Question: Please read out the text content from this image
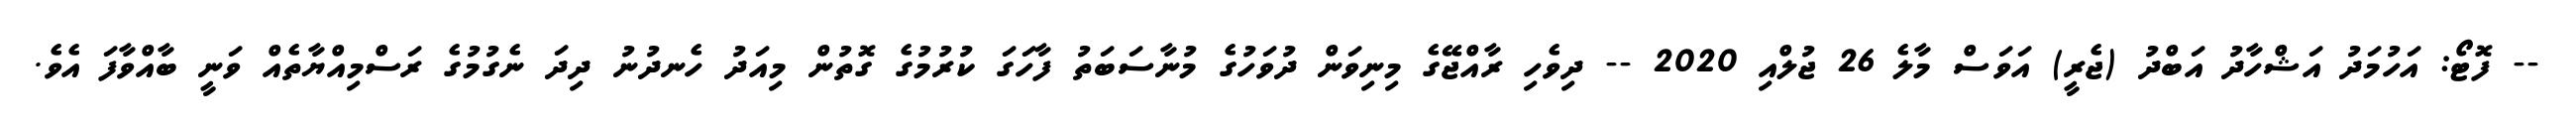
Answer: -- ފޮޓޯ: އަހުމަދު އަޝްހާދު އަބްދު (ޖެރީ) އަވަސް މާލެ 26 ޖުލްއި 2020 -- ދިވެހި ރާއްޖޭގެ މިނިވަން ދުވަހުގެ މުނާސަބަތު ފާހަގަ ކުރުމުގެ ގޮތުން މިއަދު ހެނދުނު ދިދަ ނެގުމުގެ ރަސްމިއްޔާތެއް ވަނީ ބާއްވާފަ އެވެ.